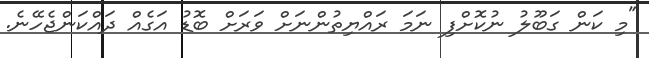
"މި ކަން ގަބޫލު ނުކޮށްފި ނަމަ ރައްޔިތުންނަށް ވަރަށް ބޮޑު އަގެއް ދައްކަންޖެހޭނެ.